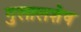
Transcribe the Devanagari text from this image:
गुलालशेष